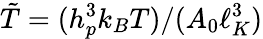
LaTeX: \tilde{T}=(h_{p}^{3}k_{B}T)/(A_{0}\ell_{K}^{3})